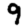
Digit: 9